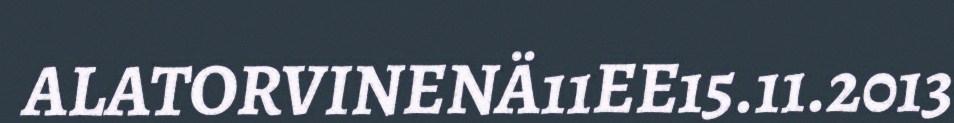
ALATORVINENÄ11EE15.11.2013